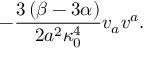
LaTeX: - \frac { 3 \left( \beta - 3 \alpha \right) } { 2 a ^ { 2 } \kappa _ { 0 } ^ { 4 } } v _ { a } v ^ { a } .